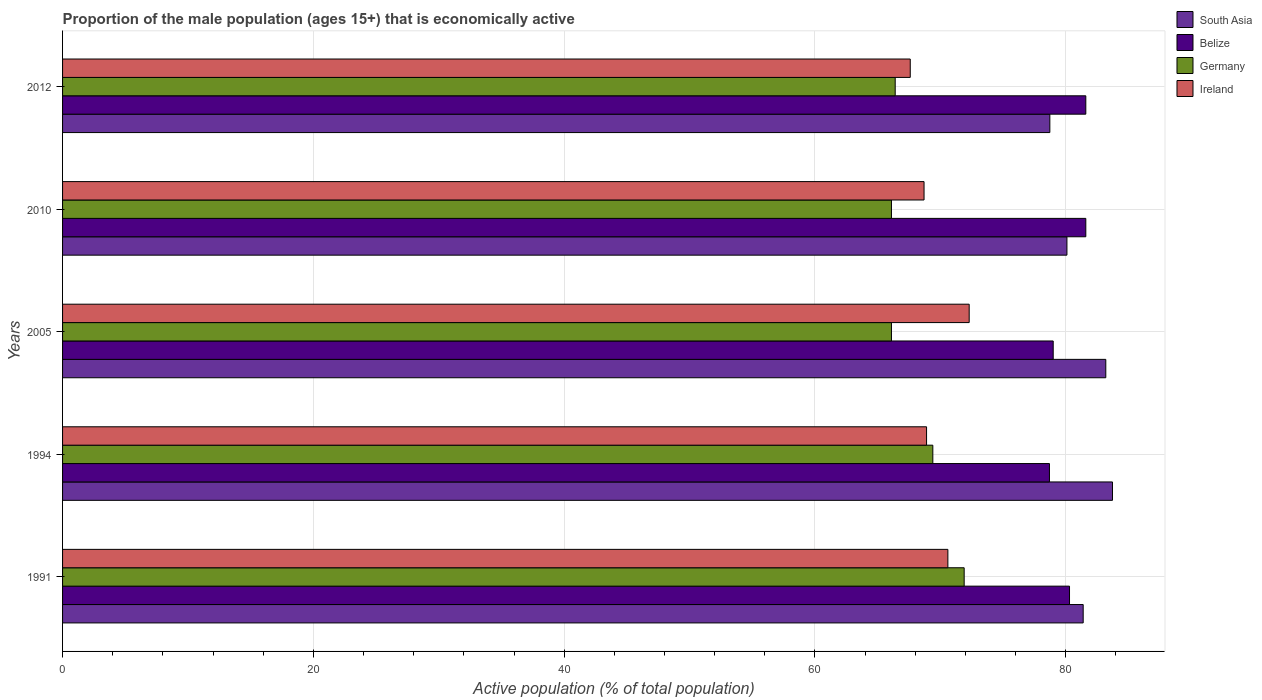
| Years | South Asia | Belize | Germany | Ireland |
 | --- | --- | --- | --- | --- |
 | 1991 | 81.4 | 80.3 | 71.9 | 70.6 |
 | 1994 | 83.7 | 78.7 | 69.4 | 68.9 |
 | 2005 | 83.2 | 79 | 66.1 | 72.3 |
 | 2010 | 80.1 | 81.6 | 66.1 | 68.7 |
 | 2012 | 78.7 | 81.6 | 66.4 | 67.6 |